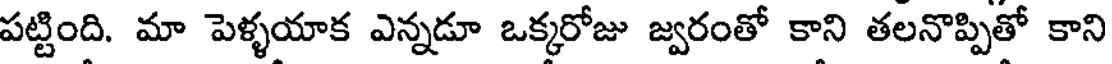
పట్టింది. మా పెళ్ళయాక ఎన్నడూ ఒక్కరోజు జ్వరంతో కాని తలనొప్పితో కాని